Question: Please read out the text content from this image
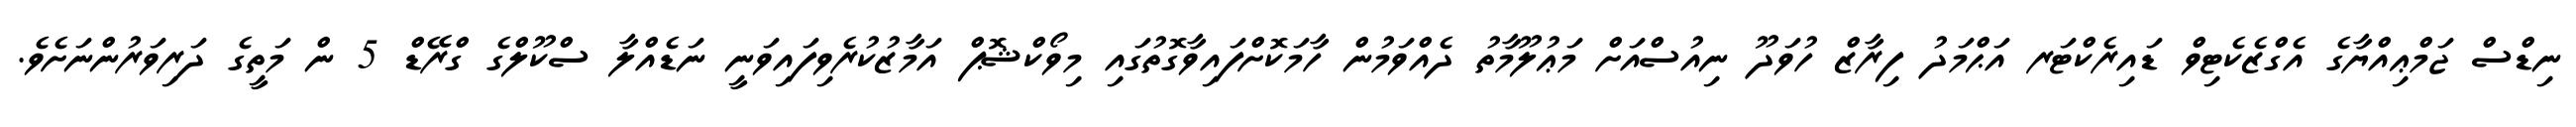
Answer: ނިޑްސް ޖަމްޢިއްޔާގެ އެގްޒެކެޓިވް ޑައިރެކްޓަރ އަޙްމަދު ފިރާޒް ހުވަދޫ ނިއުސްއަށް މަޢުލޫމާތު ދެއްވަމުން ހާމަކޮށްފައިވާގޮތުގައި މިވޯކްޝޮޕް އަމާޒުކުރެވިފައިވަނީ ނަޑެއްލާ ސްކޫލްގެ ގްރޭޑް 5 ން މަތީގެ ދަރިވަރުންނަށެވެ.